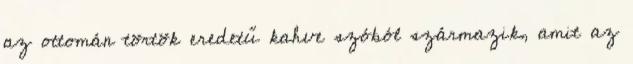
az ottomán törtök eredetű kahve szóból származik, amit az